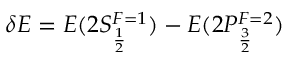
\delta E = E ( 2 S _ { \frac { 1 } { 2 } } ^ { F = 1 } ) - E ( 2 P _ { \frac { 3 } { 2 } } ^ { F = 2 } )